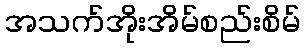
အသက်အိုးအိမ်စည်းစိမ်